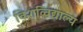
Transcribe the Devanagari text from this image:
विशव्विद्याल्य